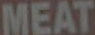
MEAT